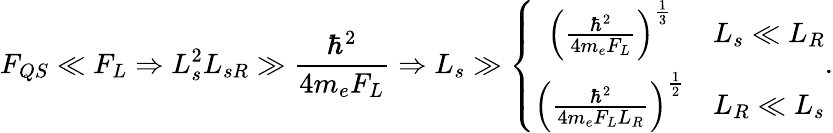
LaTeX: F_{QS}\ll F_{L}\Rightarrow L_{s}^{2}L_{sR}\gg\frac{\hbar^{2}}{4m_{e}F_{L}}\Rightarrow L_{s}\gg\left\{ \begin{array}{cc}{\left(\frac{\hbar^{2}}{4m_{e}F_{L}}\right)^{\frac{1}{3}}}&{L_{s}\ll L_{R}}\\ {\left(\frac{\hbar^{2}}{4m_{e}F_{L}L_{R}}\right)^{\frac{1}{2}}}&{L_{R}\ll L_{s}}\end{array}\right..